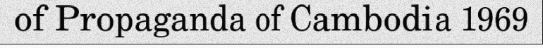
of Propaganda of Cambodia 1969